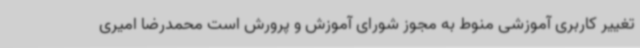
تغییر کاربری آموزشی منوط به مجوز شورای آموزش و پرورش است محمدرضا امیری